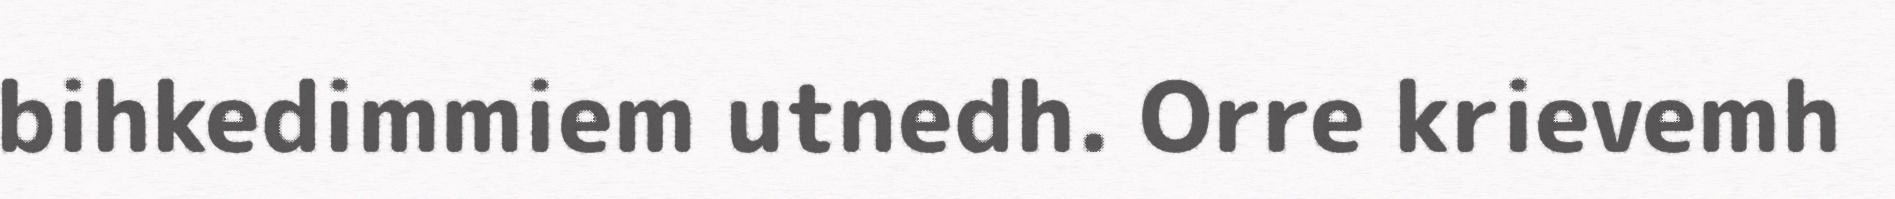
bihkedimmiem utnedh. Orre krievemh